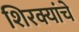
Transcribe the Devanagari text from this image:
शिरक्यांचे